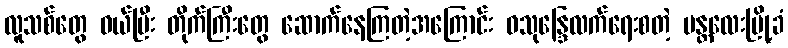
လူသစ်တွေ ဝယ်ပြီး တိုက်ကြီးတွေ ဆောက်နေကြတဲ့အကြောင်း ဝသုန္ဒြေလက်ရေးစတဲ့ မန္တလေးမြို့ခံ